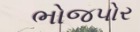
ભોજપોર